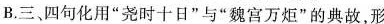
B.三、四句化用”尧时十日”与”魏宫万炬”的典故，形